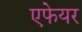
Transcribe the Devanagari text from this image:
एफेयर